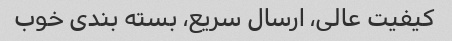
کیفیت عالی، ارسال سریع، بسته بندی خوب